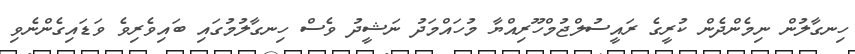
ހިނގާލުން ނިމެންދެން ކުރީގެ ރައީސުލްޖުމްހޫރިއްޔާ މުހައްމަދު ނަޝީދު ވެސް ހިނގާލުމުގައި ބައިވެރިވެ ވަޑައިގެންނެވި